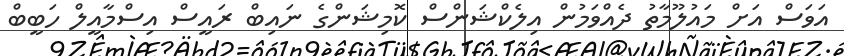
އަވަސް އަށް މައުލޫމާތު ދެއްވަމުން އިލެކްޝަންސް ކޮމިޝަންގެ ނައިބް ރައީސް އިސްމާއީލް ހަބީބް